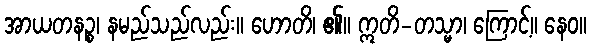
အာယတနဉ္စ၊ နမည်သည်လည်း။ ဟောတိ၊ ၏။ ဣတိ-တသ္မာ၊ ကြောင့်။ နေဝ။